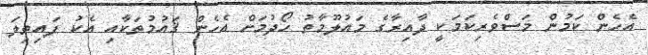
އެހެން ކަމުން މަސްވެރިކަމަކީ ދާއިރާގެ މައުލޫމާތު ހޯދުމަށް އެހެން ޤައުމުތަކާއި އެކު ފައިތިލަ